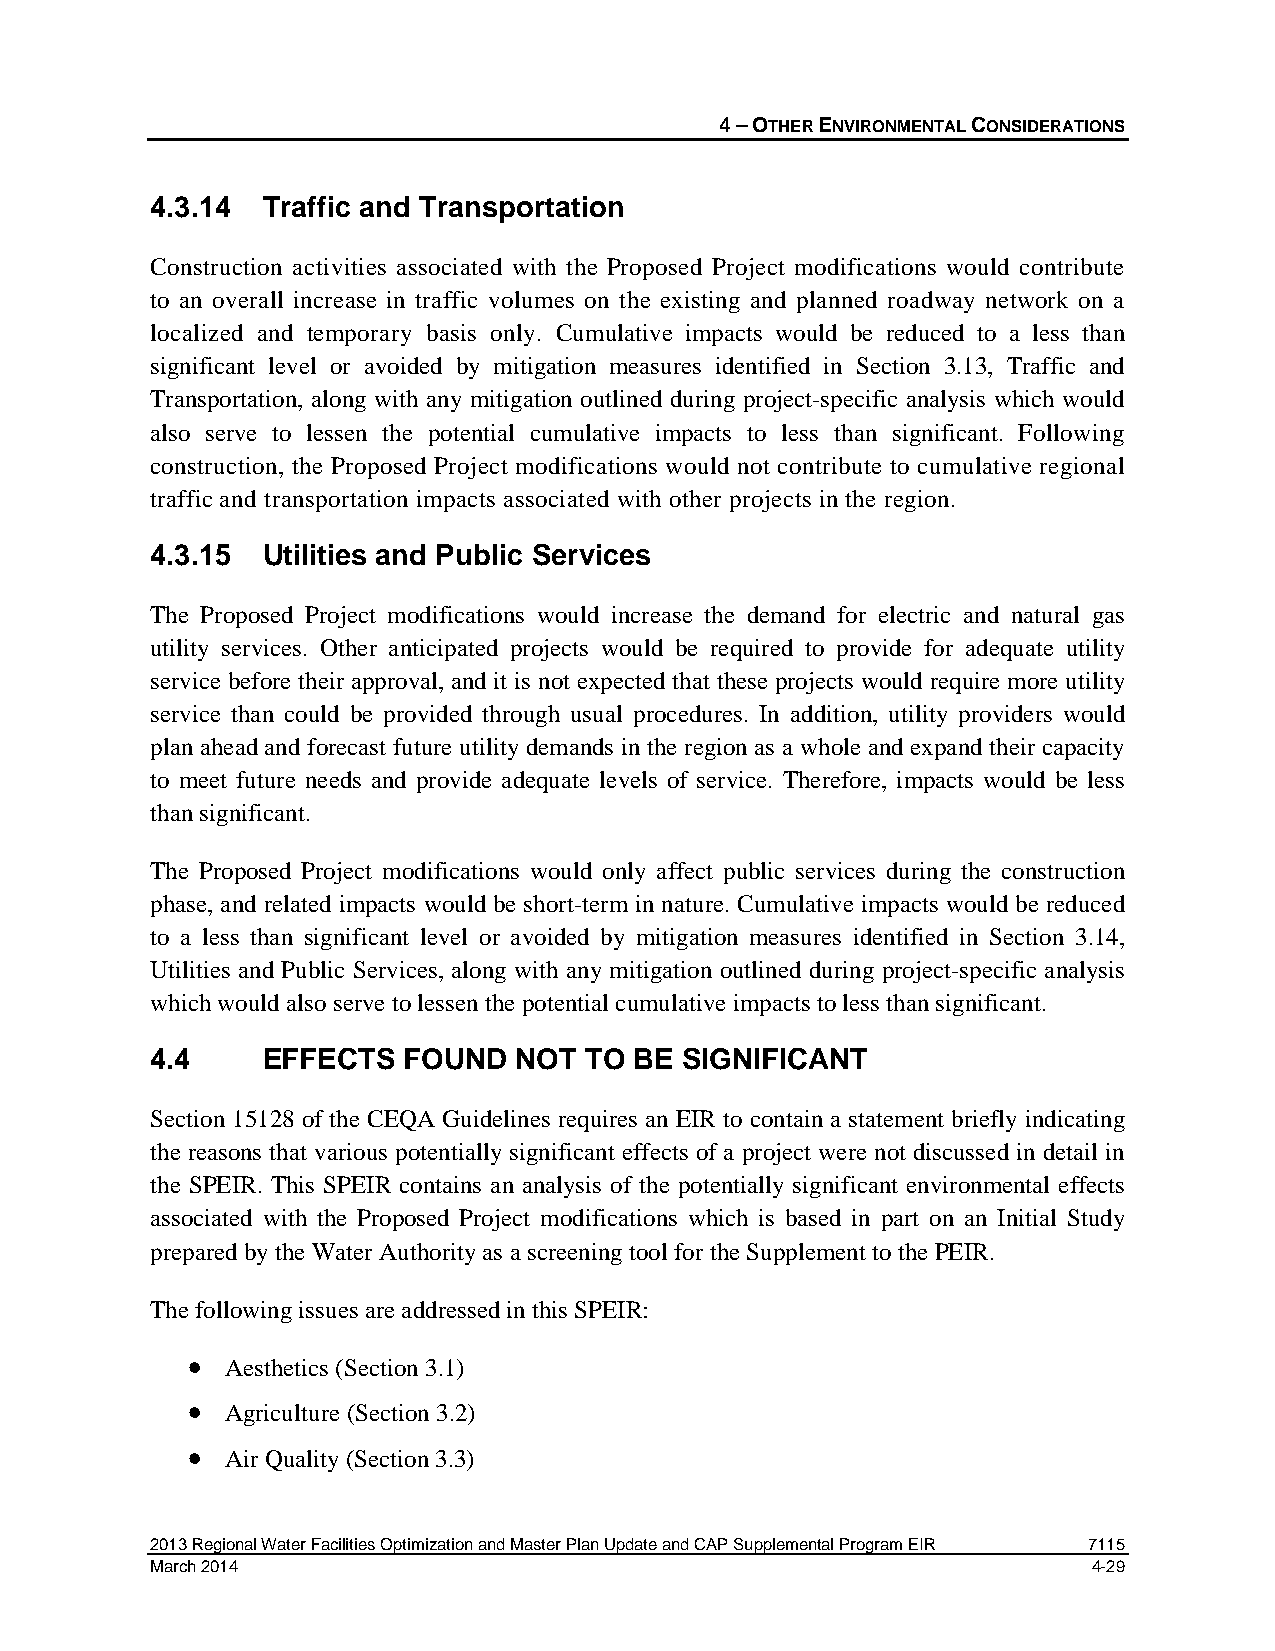
4 – OTHER ENVIRONMENTAL CONSIDERATIONS
 4.3.14 Traffic and Transportation
 Construction activities associated with the Proposed Project modifications would contribute
 to an overall increase in traffic volumes on the existing and planned roadway network on a
 localized and temporary basis only. Cumulative impacts would be reduced to a less than
 significant level or avoided by mitigation measures identified in Section 3.13, Traffic and
 Transportation, along with any mitigation outlined during project-specific analysis which would
 also serve to lessen the potential cumulative impacts to less than significant. Following
 construction, the Proposed Project modifications would not contribute to cumulative regional
 traffic and transportation impacts associated with other projects in the region.
 4.3.15 Utilities and Public Services
 The Proposed Project modifications would increase the demand for electric and natural gas
 utility services. Other anticipated projects would be required to provide for adequate utility
 service before their approval, and it is not expected that these projects would require more utility
 service than could be provided through usual procedures. In addition, utility providers would
 plan ahead and forecast future utility demands in the region as a whole and expand their capacity
 to meet future needs and provide adequate levels of service. Therefore, impacts would be less
 than significant.
 The Proposed Project modifications would only affect public services during the construction
 phase, and related impacts would be short-term in nature. Cumulative impacts would be reduced
 to a less than significant level or avoided by mitigation measures identified in Section 3.14,
 Utilities and Public Services, along with any mitigation outlined during project-specific analysis
 which would also serve to lessen the potential cumulative impacts to less than significant.
 4.4    EFFECTS   FOUND  NOT  TO BE SIGNIFICANT
 Section 15128 of the CEQA Guidelines requires an EIR to contain a statement briefly indicating
 the reasons that various potentially significant effects of a project were not discussed in detail in
 the SPEIR. This SPEIR contains an analysis of the potentially significant environmental effects
 associated with the Proposed Project modifications which is based in part on an Initial Study
 prepared by the Water Authority as a screening tool for the Supplement to the PEIR.
 The following issues are addressed in this SPEIR:
 •  Aesthetics (Section 3.1)
 •  Agriculture (Section 3.2)
 •  Air Quality (Section 3.3)
 2013 Regional Water Facilities Optimization and Master Plan Update and CAP Supplemental Program EIR 7115
 March 2014                                                    4-29